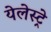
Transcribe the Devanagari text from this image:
येलेस्ट्रे